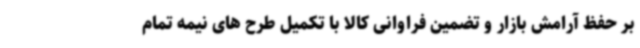
بر حفظ آرامش بازار و تضمین فراوانی کالا با تکمیل طرح های نیمه تمام